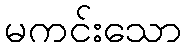
မကင်းသော